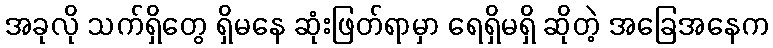
အခုလို သက်ရှိတွေ ရှိမနေ ဆုံးဖြတ်ရာမှာ ရေရှိမရှိ ဆိုတဲ့ အခြေအနေက